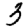
Digit: 3